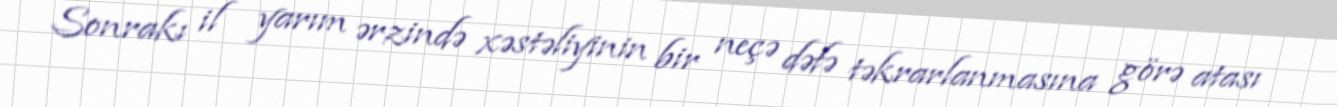
Sonrakı il yarım ərzində xəstəliyinin bir neçə dəfə təkrarlanmasına görə atası